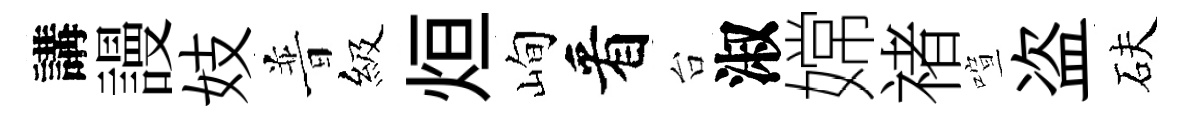
講謾妓普級烜峋看台淑嫦禇喧盗砆